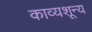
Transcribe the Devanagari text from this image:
काव्यशून्य